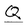
Character: Q